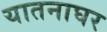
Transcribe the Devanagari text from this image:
यातनाघर